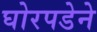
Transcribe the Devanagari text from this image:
घोरपडेने